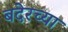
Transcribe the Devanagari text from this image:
बदेरच्या